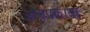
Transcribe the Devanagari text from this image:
अनापकाया